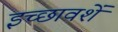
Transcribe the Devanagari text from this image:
इच्छावशें